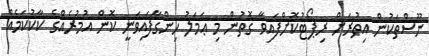
ނޫސްތަކުން އިތުރަށް ރިޕޯޓުކޮށްފައިވާ ގޮތުން މި ޢަމަލު ހިންގާފައިވަނީ ކޮން އުމުރެއްގެ ކާކުކަމެއް